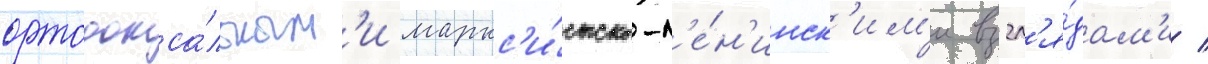
ортодокса́льным'и маркс'и́стско-л'е́н'инск'им'и взгл'я́дам'и /